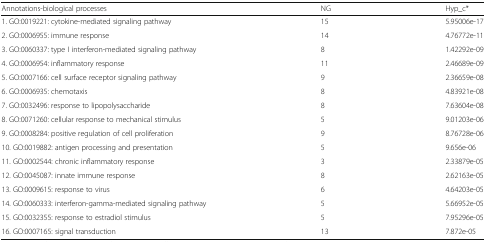
<table><thead><tr><td><b>Annotations-biological processes</b></td><td><b>NG</b></td><td><b>Hyp_c*</b></td></tr></thead><tbody><tr><td>1. GO:0019221: cytokine-mediated signaling pathway</td><td>15</td><td>5.95006e-17</td></tr><tr><td>2. GO:0006955: immune response</td><td>14</td><td>4.76772e-11</td></tr><tr><td>3. GO:0060337: type I interferon-mediated signaling pathway</td><td>8</td><td>1.42292e-09</td></tr><tr><td>4. GO:0006954: inflammatory response</td><td>11</td><td>2.46689e-09</td></tr><tr><td>5. GO:0007166: cell surface receptor signaling pathway</td><td>9</td><td>2.36659e-08</td></tr><tr><td>6. GO:0006935: chemotaxis</td><td>8</td><td>4.83921e-08</td></tr><tr><td>7. GO:0032496: response to lipopolysaccharide</td><td>8</td><td>7.63604e-08</td></tr><tr><td>8. GO:0071260: cellular response to mechanical stimulus</td><td>5</td><td>9.01203e-06</td></tr><tr><td>9. GO:0008284: positive regulation of cell proliferation</td><td>9</td><td>8.76728e-06</td></tr><tr><td>10. GO:0019882: antigen processing and presentation</td><td>5</td><td>9.656e-06</td></tr><tr><td>11. GO:0002544: chronic inflammatory response</td><td>3</td><td>2.33879e-05</td></tr><tr><td>12. GO:0045087: innate immune response</td><td>8</td><td>2.62163e-05</td></tr><tr><td>13. GO:0009615: response to virus</td><td>6</td><td>4.64203e-05</td></tr><tr><td>14. GO:0060333: interferon-gamma-mediated signaling pathway</td><td>5</td><td>5.66952e-05</td></tr><tr><td>15. GO:0032355: response to estradiol stimulus</td><td>5</td><td>7.95296e-05</td></tr><tr><td>16. GO:0007165: signal transduction</td><td>13</td><td>7.872e-05</td></tr></tbody></table>